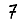
Digit: 7